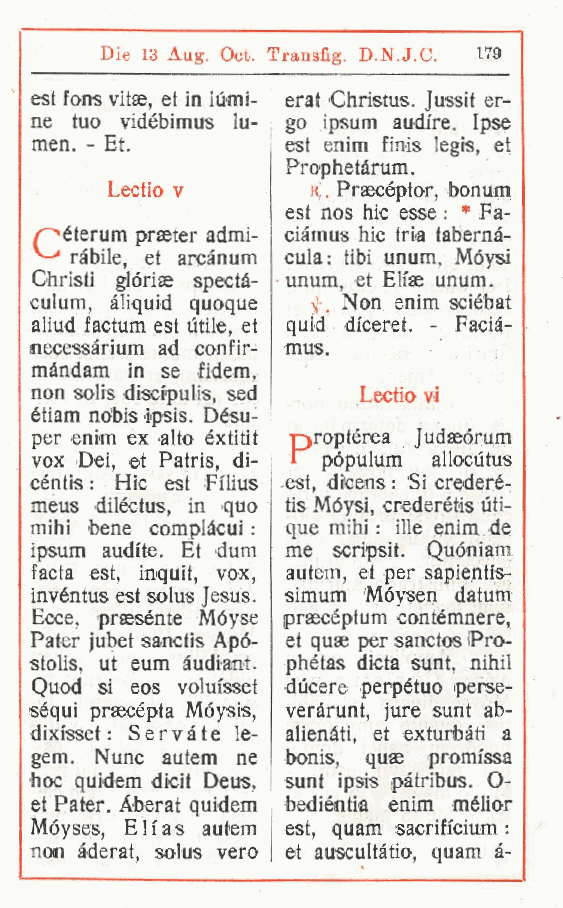
Die 13 Aug. Oct. Transfig D.N.J.C. 179
 .
 est fons vitae, et in iùmi- erat Christus. Jussit er-
 ne tuo vidébimus lu- go ipsum audire. Ipse
 men. - Et.       est enim finis legis, et
 Prophetàrum.
 Lectio v      a . Praecéptor, bonum
 est nos hic esse : * Fa-
 / .eterum praeter admi- ciàmus hic tria tabernà-
 ràbile et arcànum cula; libi unum, Moysi
 ,
 Christi glorise spectà- unum et Eli'ae unum.
 ,
 culum, àliquid quoque Non enim sciébat
 v
 aliud factum est ùtile et quid . diceret. - Facià-
 ,
 necessàrium ad confir- mus.
 màndam in se fidem,
 non solis discfpulis sed Lectio vi
 ,
 étiam nobis ipsis. Désu-
 per enim ex alto éxtitit Qroptérea Judseorum
 vox Dei, et Patris, di- l pópulum allocutus
 céntis : Hic est Filius est, dicens : Si crederé-
 meus diléctus, in quo tis Moysi, crederétis ùti-
 mihi bene complàcui : que mihi : ille enim de
 ipsum audi'te. Et dum me scripsit. Quóniam
 facta est, inquit
 ,
 vox, autem, et per sapienti's-
 invéntus est solus Jesus. simum Móysen datum
 Ecce, praesénte Móyse praecéptum contémnere,
 Pater jubet sanctis Apó- et quse per sanctos Pro-
 stolis, ut eum àudiant. phétas dieta sunt, nihil
 Quod si eos volui'sset ducere perpetuo perse-
 séqui praecépta Móysis, veràrunt, jure sunt ab-
 dixisset : Servate le- alienàti, et exturbàti a
 gem. Nunc autem ne bonis, quae promissa
 hoc quidem dicit Deus, sunt ipsis pàtribus. O-
 et Pater. Aberat quidem bediéntia enim mélior
 Móyses Elias autem est, quam sacrificium :
 ,
 non àderat solus vero et auscultàtio, quam à-
 ,